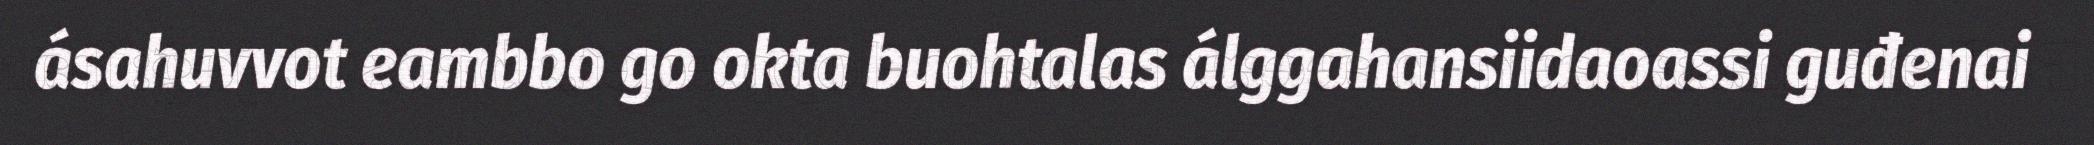
ásahuvvot eambbo go okta buohtalas álggahansiidaoassi guđenai